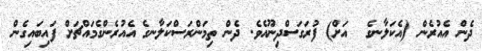
ދެން އެއުރެން (އެކަލާނގެ  އަށް) ފުރަގަސްދިނޫއެވެ. ދެން ތިމަންރަސްކަލާނގެ އެއުރެންގެމައްޗަށް ފައިބައިގެން